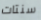
سنتات